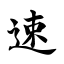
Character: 速